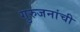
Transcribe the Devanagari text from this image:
गुरुजनांची